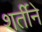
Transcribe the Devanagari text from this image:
शर्तीने